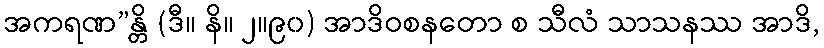
အကရဏ”န္တိ (ဒီ။ နိ။ ၂။၉၀) အာဒိဝစနတော စ သီလံ သာသနဿ အာဒိ,